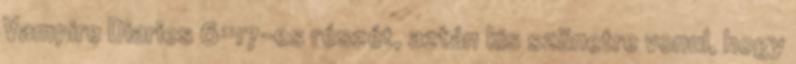
Vampire Diaries 6×17-es részét, aztán kis szünetre vonul, hogy